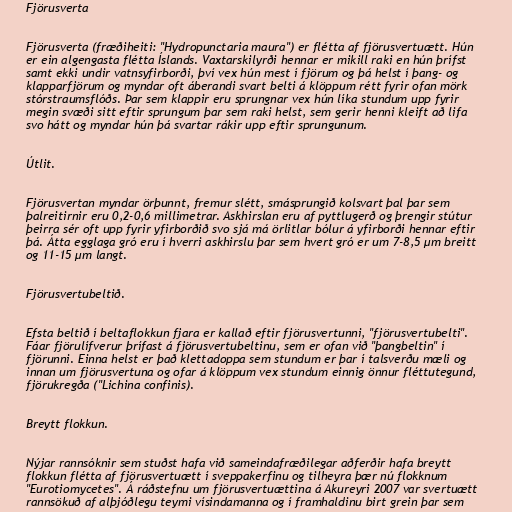
Fjörusverta

Fjörusverta (fræðiheiti: "Hydropunctaria maura") er flétta af fjörusvertuætt. Hún
er ein algengasta flétta Íslands. Vaxtarskilyrði hennar er mikill raki en hún þrífst
samt ekki undir vatnsyfirborði, því vex hún mest í fjörum og þá helst í þang- og
klapparfjörum og myndar oft áberandi svart belti á klöppum rétt fyrir ofan mörk
stórstraumsflóðs. Þar sem klappir eru sprungnar vex hún líka stundum upp fyrir
megin svæði sitt eftir sprungum þar sem raki helst, sem gerir henni kleift að lifa
svo hátt og myndar hún þá svartar rákir upp eftir sprungunum.

Útlit.

Fjörusvertan myndar örþunnt, fremur slétt, smásprungið kolsvart þal þar sem
þalreitirnir eru 0,2-0,6 millimetrar. Askhirslan eru af pyttlugerð og þrengir stútur
þeirra sér oft upp fyrir yfirborðið svo sjá má örlitlar bólur á yfirborði hennar eftir
þá. Átta egglaga gró eru í hverri askhirslu þar sem hvert gró er um 7-8,5 μm breitt
og 11-15 μm langt.

Fjörusvertubeltið.

Efsta beltið í beltaflokkun fjara er kallað eftir fjörusvertunni, "fjörusvertubelti".
Fáar fjörulífverur þrífast á fjörusvertubeltinu, sem er ofan við "þangbeltin" í
fjörunni. Einna helst er það klettadoppa sem stundum er þar í talsverðu mæli og
innan um fjörusvertuna og ofar á klöppum vex stundum einnig önnur fléttutegund,
fjörukregða ("Lichina confinis).

Breytt flokkun.

Nýjar rannsóknir sem stuðst hafa við sameindafræðilegar aðferðir hafa breytt
flokkun flétta af fjörusvertuætt í sveppakerfinu og tilheyra þær nú flokknum
"Eurotiomycetes". Á ráðstefnu um fjörusvertuættina á Akureyri 2007 var svertuætt
rannsökuð af alþjóðlegu teymi vísindamanna og í framhaldinu birt grein þar sem